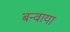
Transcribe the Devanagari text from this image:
बन्वाया